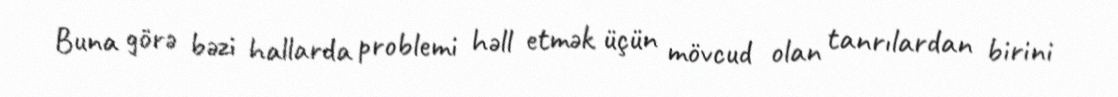
Buna görə bəzi hallarda problemi həll etmək üçün mövcud olan tanrılardan birini